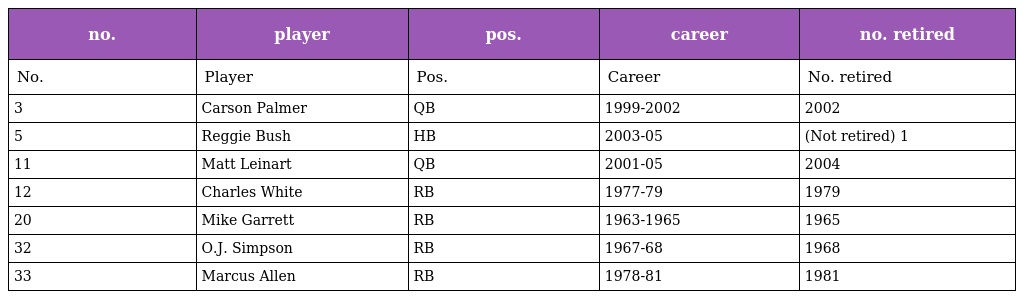
| no. | player | pos. | career | no. retired |
 | --- | --- | --- | --- | --- |
 | No. | Player | Pos. | Career | No. retired |
 | 3 | Carson Palmer | QB | 1999-2002 | 2002 |
 | 5 | Reggie Bush | HB | 2003-05 | (Not retired) 1 |
 | 11 | Matt Leinart | QB | 2001-05 | 2004 |
 | 12 | Charles White | RB | 1977-79 | 1979 |
 | 20 | Mike Garrett | RB | 1963-1965 | 1965 |
 | 32 | O.J. Simpson | RB | 1967-68 | 1968 |
 | 33 | Marcus Allen | RB | 1978-81 | 1981 |